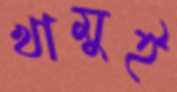
খামুই